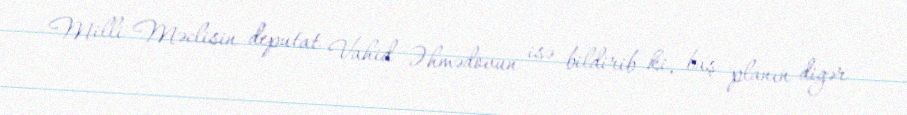
Milli Məclisin deputat Vahid Əhmədovun isə bildirib ki, baş planın digər